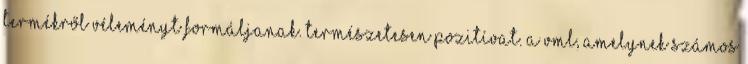
termékről véleményt formáljanak. Természetesen pozitívat. A VML, amelynek számos